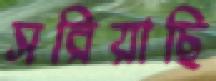
সরিয়াছি